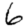
Digit: 6